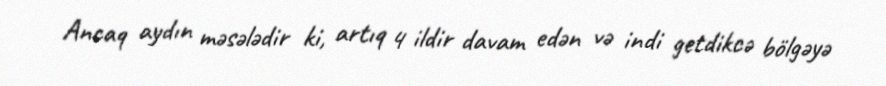
Ancaq aydın məsələdir ki, artıq 4 ildir davam edən və indi getdikcə bölgəyə